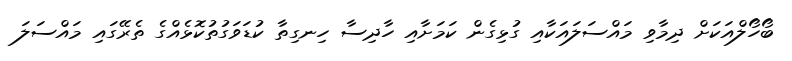
ބޯހޯލްއަކަށް ދިމާވި މައްސަލައަކާއި ގުޅިގެން ކަަމަށާއި ހާދިސާ ހިނގިތާ ކުޑަވަގުތުކޮޅެއްގެ ތެރޭގައި މައްސަލަ